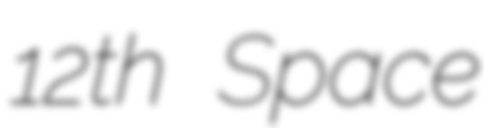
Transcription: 12th Space